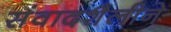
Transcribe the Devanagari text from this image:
संवादशैलीने